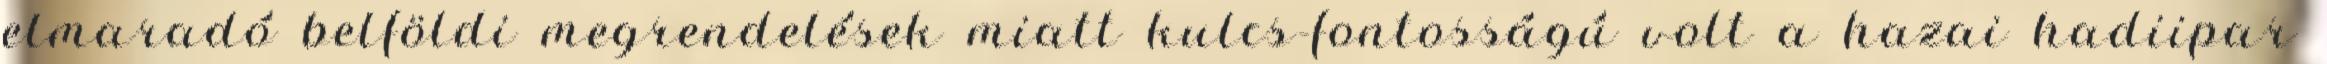
elmaradó belföldi megrendelések miatt kulcs-fontosságú volt a hazai hadiipar